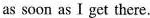
as soon as I get there.